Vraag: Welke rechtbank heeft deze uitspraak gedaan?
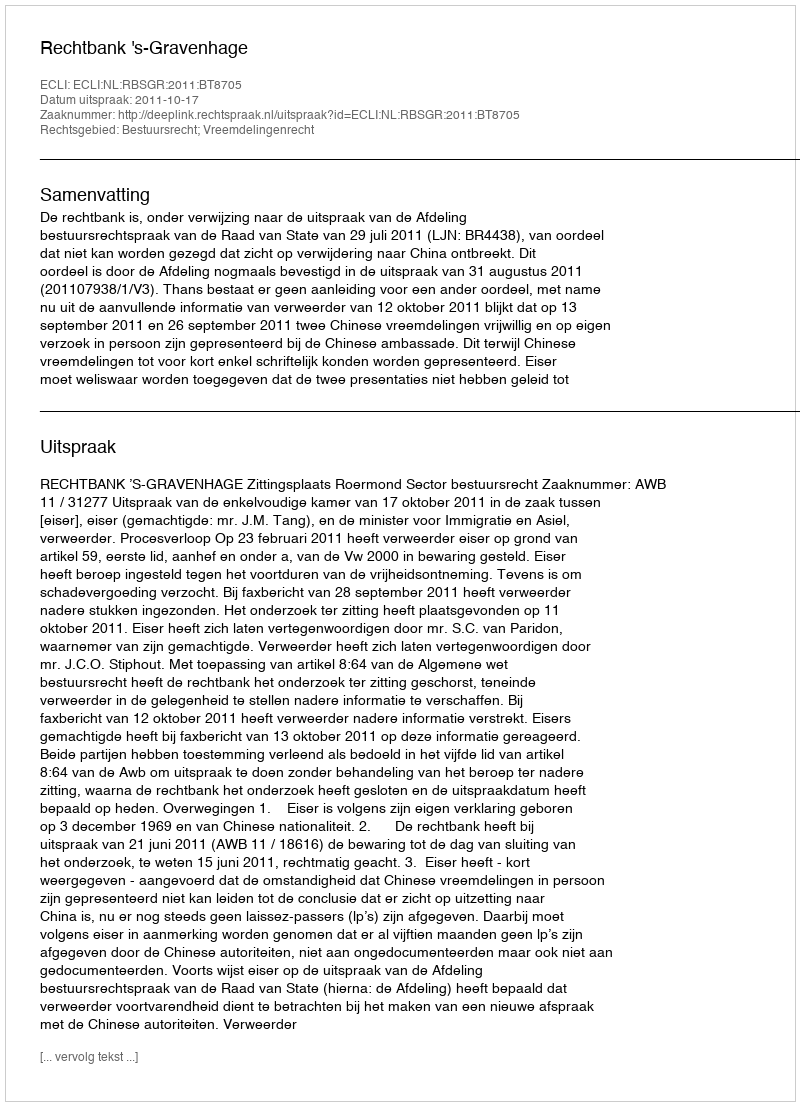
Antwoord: Rechtbank 's-Gravenhage